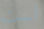
لست